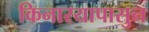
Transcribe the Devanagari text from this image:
किनारयापासुन